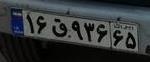
۱۶ق۹۳۶۶۵